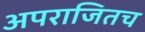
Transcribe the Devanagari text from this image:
अपराजितच